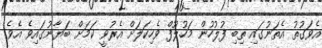
އެވަގުތު އެތަނުގައި ތިބި ފުލުހުން މަހުލޫފް ވެހިކަލަށް އެރުވީ ކަމަށް ބަޔާނުގައިވެ އެވެ.